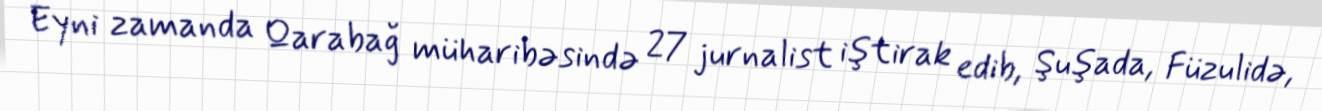
Eyni zamanda Qarabağ müharibəsində 27 jurnalist iştirak edib, Şuşada, Füzulidə,